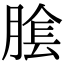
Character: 𦝴